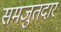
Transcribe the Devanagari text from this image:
समजुतदार